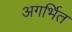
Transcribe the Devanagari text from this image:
अगर्भित